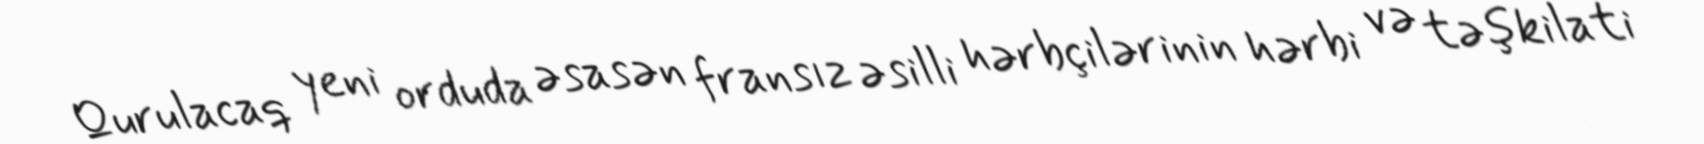
Qurulacaq yeni orduda əsasən fransız əsilli hərbçilərinin hərbi və təşkilati